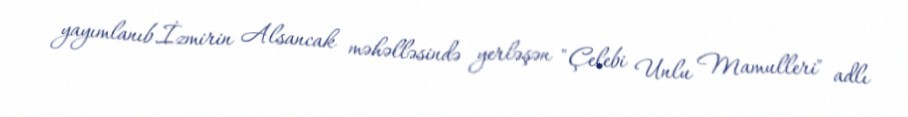
yayımlanıb.İzmirin Alsancak məhəlləsində yerləşən "Çelebi Unlu Mamulleri" adlı